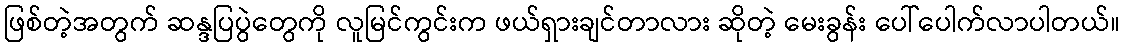
ဖြစ်တဲ့အတွက် ဆန္ဒပြပွဲတွေကို လူမြင်ကွင်းက ဖယ်ရှားချင်တာလား ဆိုတဲ့ မေးခွန်း ပေါ်ပေါက်လာပါတယ်။